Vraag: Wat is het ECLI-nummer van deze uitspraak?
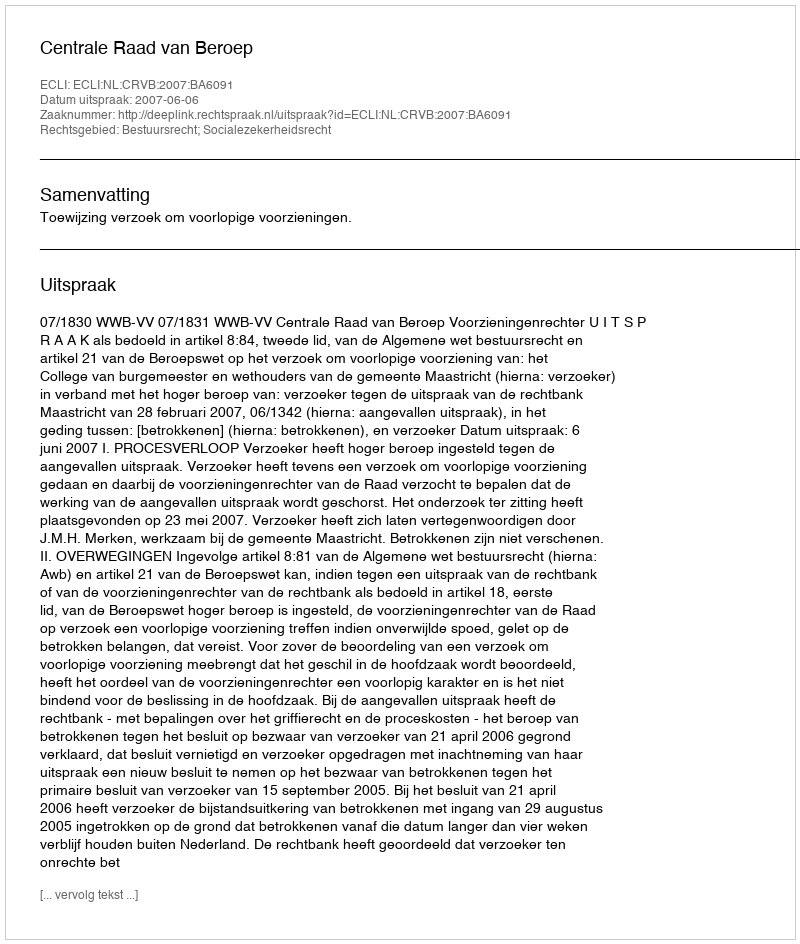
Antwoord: ECLI:NL:CRVB:2007:BA6091